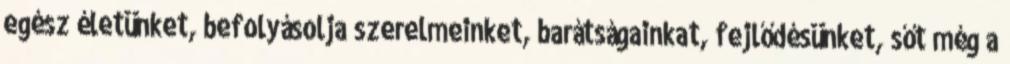
egész életünket, befolyásolja szerelmeinket, barátságainkat, fejlődésünket, sőt még a